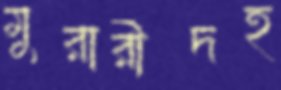
মুরারীদহ